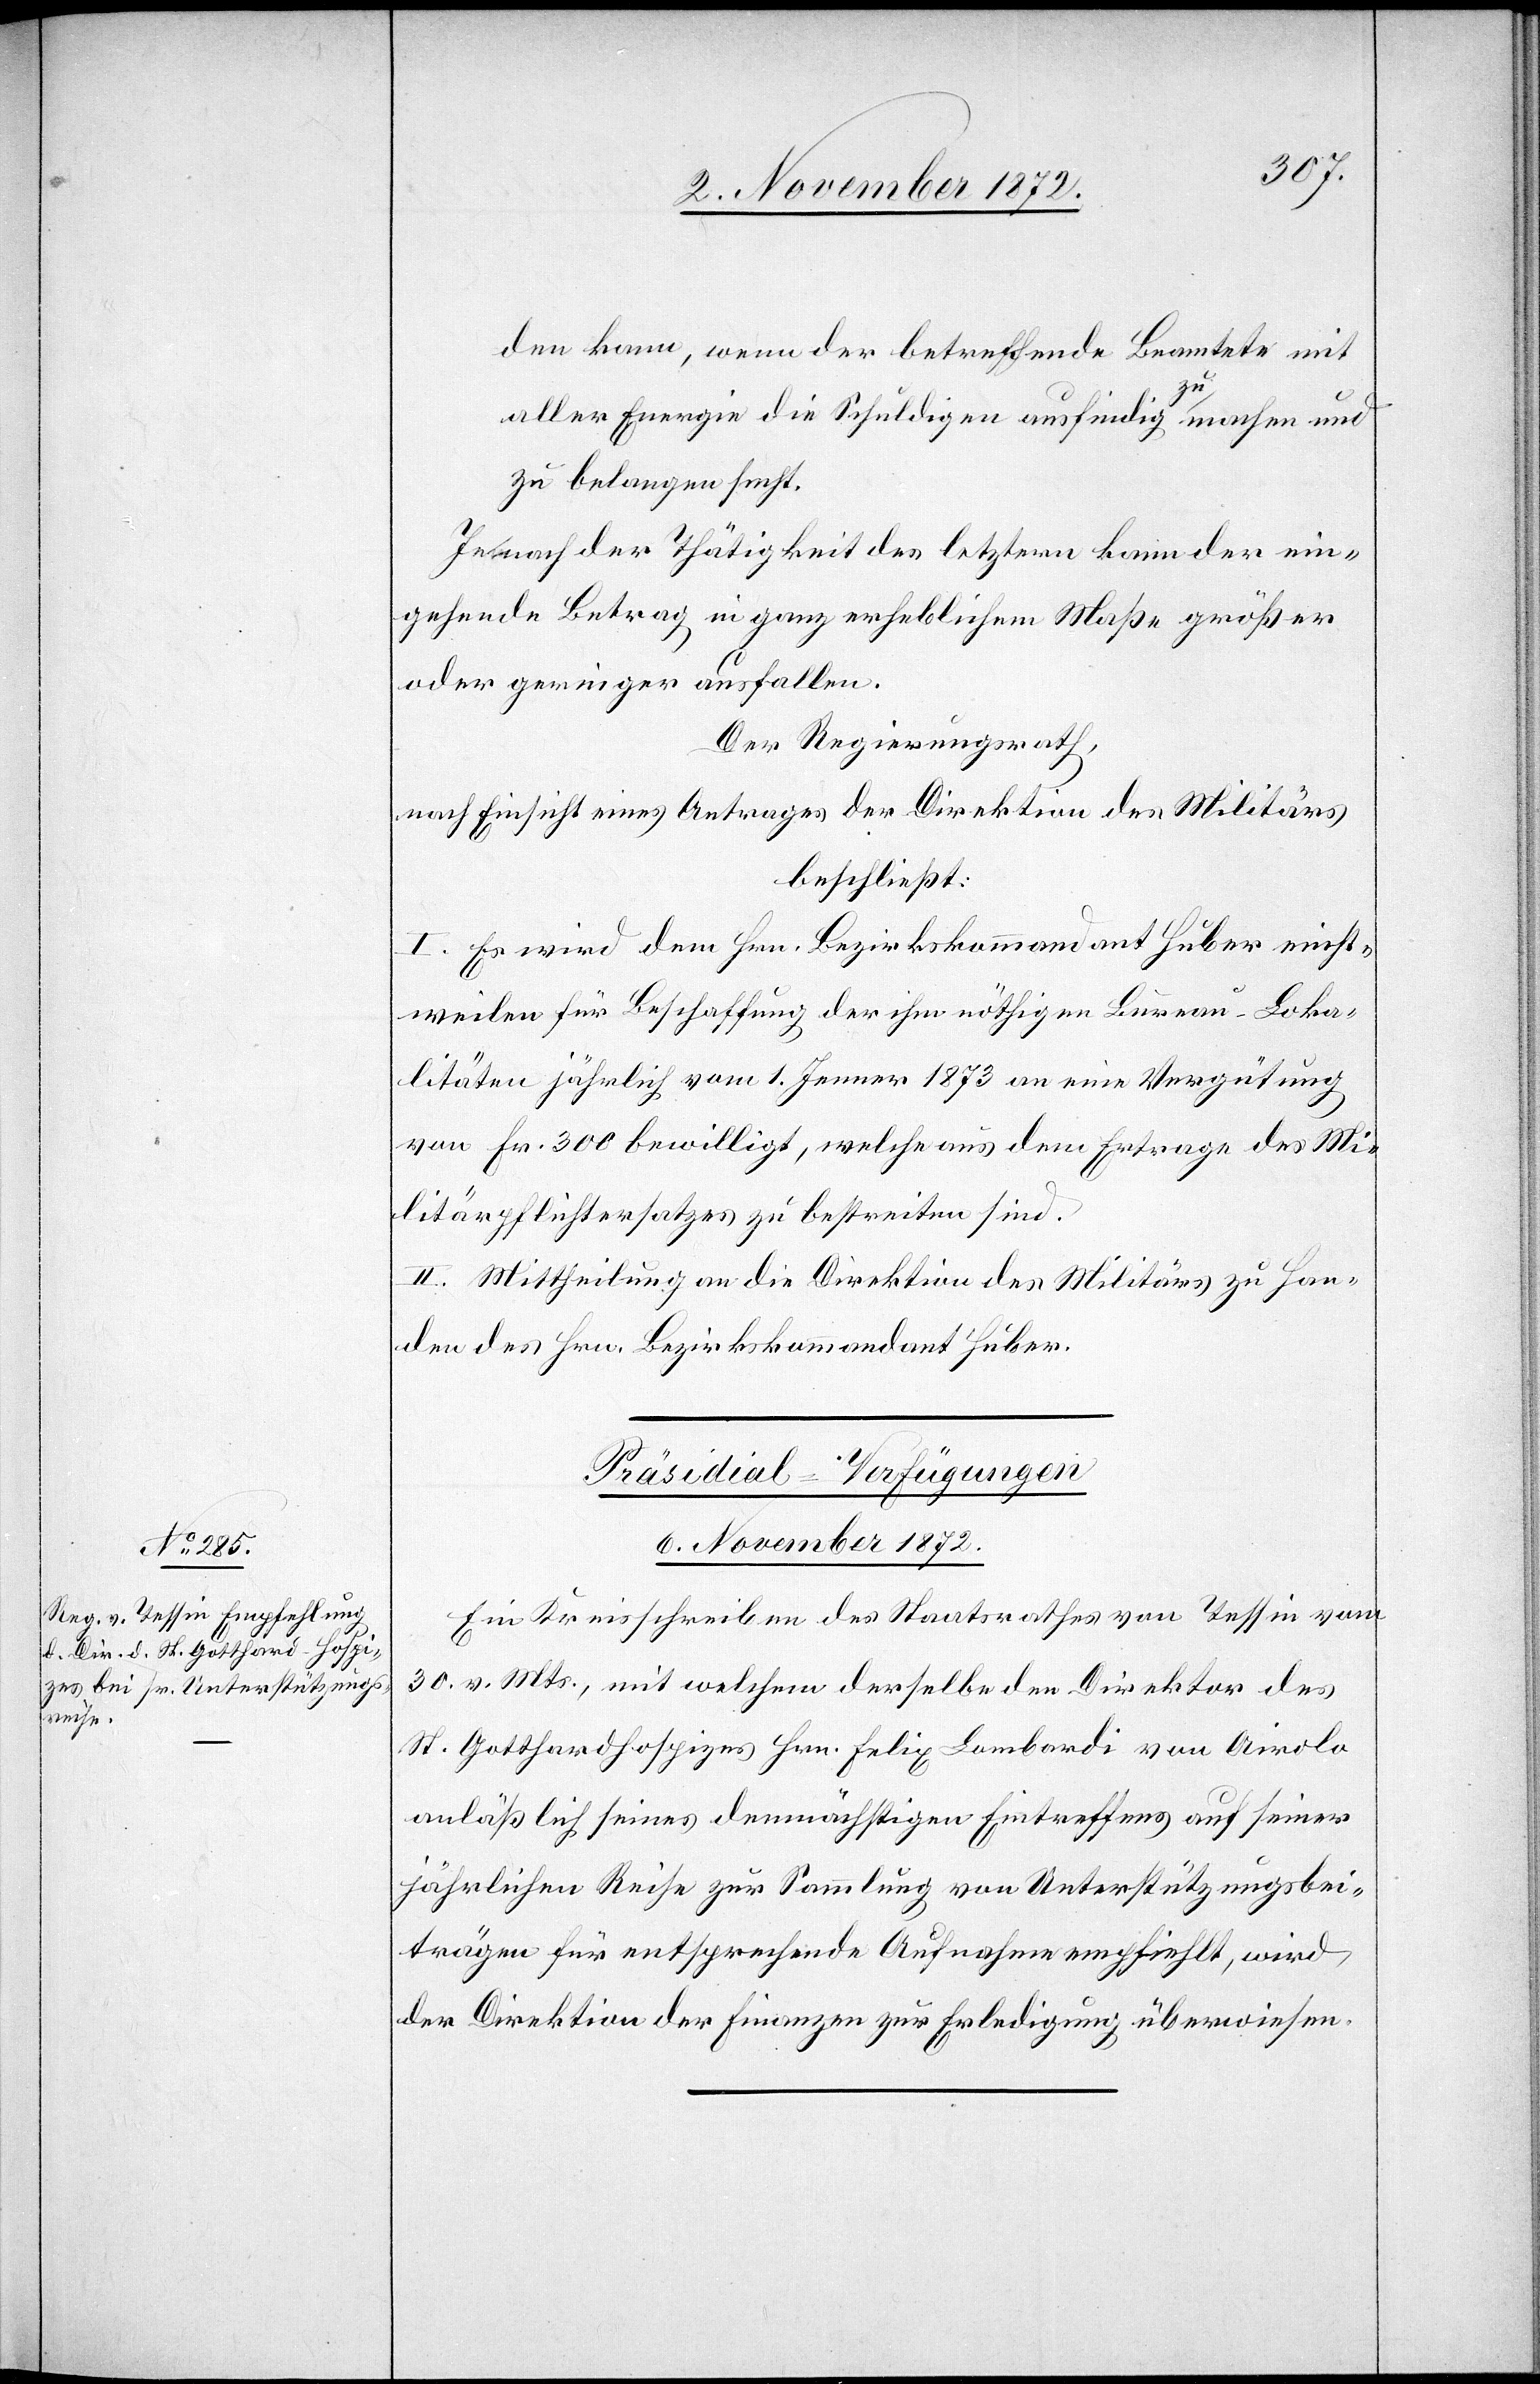
den kann, wenn der betreffende Beamtete mit
aller Energie die Schuldigen ausfindig zu machen und
zu belangen sucht.
Je nach der Thätigkeit des letztern kann der ein¬
gehende Betrag in ganz erheblichem Maße größer
oder geringer ausfallen.
Der Regierungsrath,
nach Einsicht eines Antrages der Direktion des Militärs
beschließt:
I. Es wird dem Hrn. Bezirkskommandant Huber einst¬
weilen für Beschaffung der ihm nöthigen Bureau-Loka¬
litäten jährlich vom 1. Jenner 1873 an eine Vergütung
von Fr. 300 bewilligt, welche aus dem Ertrage des Mi¬
litärpflichtersatzes zu bestreiten sind.
II. Mittheilung an die Direktion des Militärs zu Han¬
den des Hrn. Bezirkskommandant Huber.
Präsidial-Verfügungen
6. November 1872.
Ein Kreisschreiben des Stadtrathes von Tessin vom
30. v. Mts., mit welchem derselbe den Direktor des
St. Gotthardhospizes Hrn. Felix Lombardi von Airolo
anläßlich seines demnächstigen Eintreffens auf seiner
jährlichen Reise zur Sammlung von Unterstützungsbei¬
trägen für entsprechende Aufnahme empfiehlt, wird
der Direktion der Finanzen zur Erledigung überwiesen.